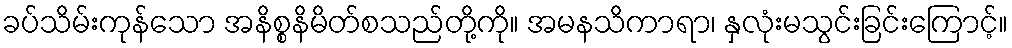
ခပ်သိမ်းကုန်သော အနိစ္စနိမိတ်စသည်တို့ကို။ အမနသိကာရာ၊ နှလုံးမသွင်းခြင်းကြောင့်။